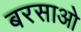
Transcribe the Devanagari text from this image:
बरसाओ